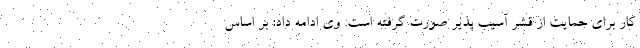
کار برای حمایت از قشر آسیب پذیر صورت گرفته است. وی ادامه داد: بر اساس